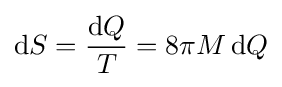
\mathrm {d} S={\frac {\mathrm {d} Q}{T}}=8\pi M\,\mathrm {d} Q